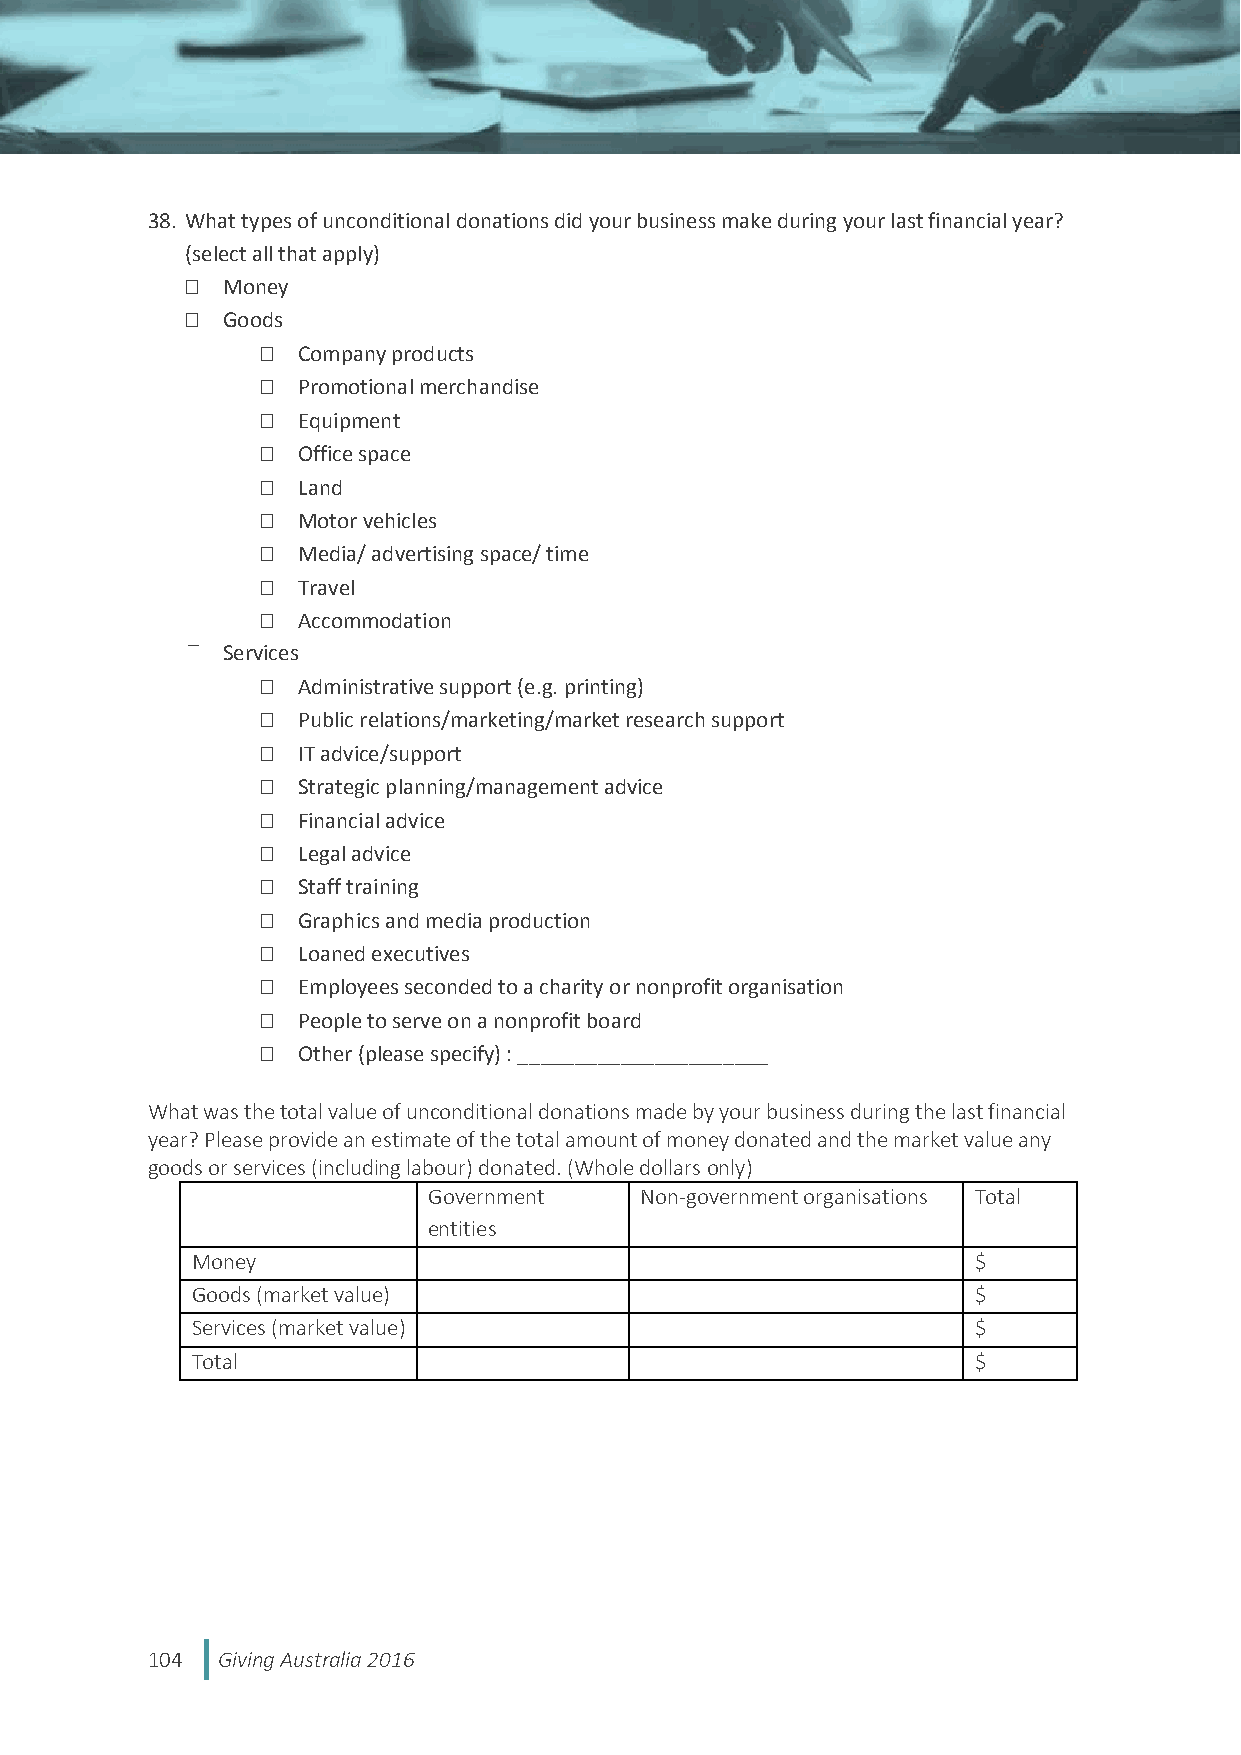
38. What types of unconditional donations did your business make during your last financial year?
 (select all that apply)
   Money
   Goods
   Company products
   Promotional merchandise
   Equipment
   Office space
   Land
   Motor vehicles
   Media/ advertising space/ time
   Travel
   Accommodation
 Services
   Administrative support (e.g. printing)
   Public relations/marketing/market research support
   IT advice/support
   Strategic planning/management advice
   Financial advice
   Legal advice
   Staff training
   Graphics and media production
   Loaned executives
   Employees seconded to a charity or nonprofit organisation
   People to serve on a nonprofit board
   Other (please specify) : ______________________
 What was the total value of unconditional donations made by your business during the last financial
 year? Please provide an estimate of the total amount of money donated and the market value any
 goods or services (including labour) donated. (Whole dollars only)
 Government    Non-government organisations Total
 entities
 Money                                              $
 Goods (market value)                               $
 Services (market value)                            $
 Total                                              $
 104 Giving Australia 2016